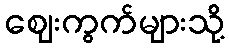
ဈေးကွက်များသို့